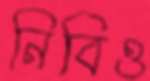
নিবিও